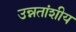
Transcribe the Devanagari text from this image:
उन्नतांशीय